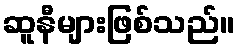
ဆူနီများဖြစ်သည်။